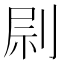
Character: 𠝑